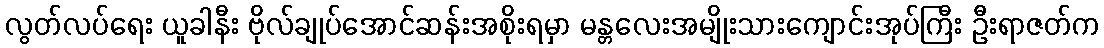
လွတ်လပ်ရေး ယူခါနီး ဗိုလ်ချုပ်အောင်ဆန်းအစိုးရမှာ မန္တလေးအမျိုးသားကျောင်းအုပ်ကြီး ဦးရာဇတ်က